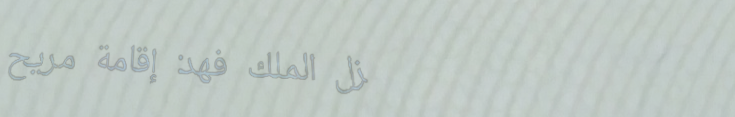
نزل الملك فهد: إقامة مريح